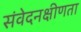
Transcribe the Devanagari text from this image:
संवेदनक्षीणता